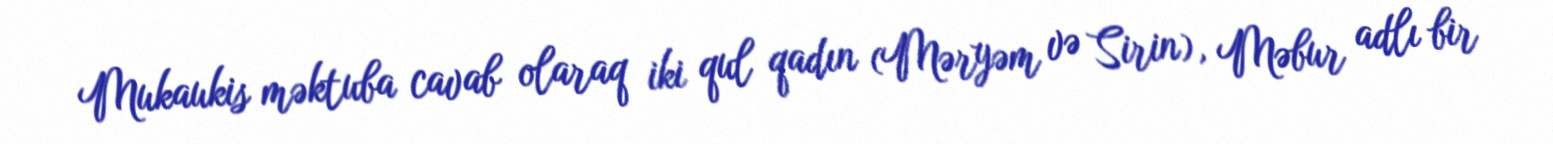
Mukaukis məktuba cavab olaraq iki qul qadın (Məryəm və Sirin), Məbur adlı bir